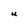
Character: U